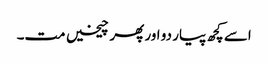
اسے کچھ پیار دو اور پھر چیخیں مت۔